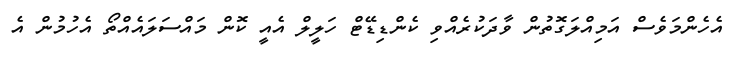
އެހެންމަވެސް އަމިއްލަގޮތުން ވާދަކުރެއްވި ކެންޑިޑޭޓް ހަލީލް އެއީ ކޮން މައްސަލައެއްތޯ އެހުމުން އެ